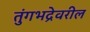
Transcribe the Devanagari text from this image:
तुंगभद्रेवरील